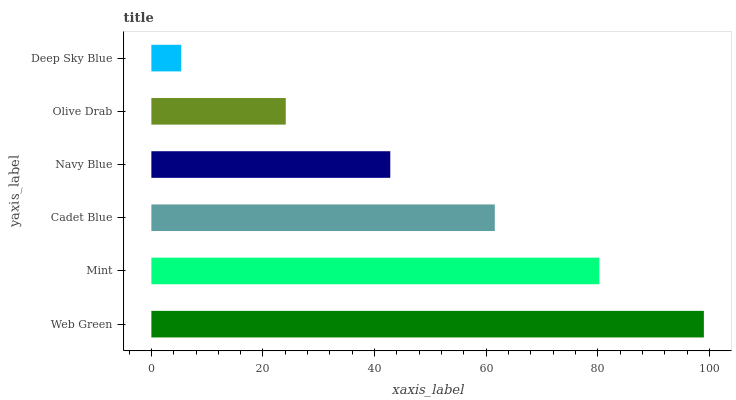
| yaxis_label | bars |
 | --- | --- |
 | Web Green | 99 |
 | Mint | 80.3 |
 | Cadet Blue | 61.5 |
 | Navy Blue | 42.8 |
 | Olive Drab | 24.1 |
 | Deep Sky Blue | 5.35 |